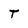
Character: t